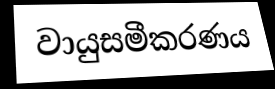
වායුසමීකරණය